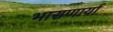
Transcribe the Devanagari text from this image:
भासणार्या